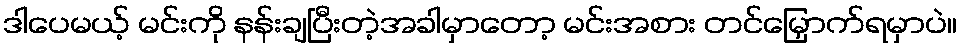
ဒါပေမယ့် မင်းကို နန်းချပြီးတဲ့အခါမှာတော့ မင်းအစား တင်မြှောက်ရမှာပဲ။